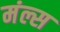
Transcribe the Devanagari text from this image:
मंल्स